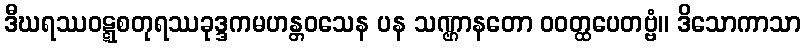
ဒီဃရဿဝဋ္ဋစတုရဿခုဒ္ဒကမဟန္တဝသေန ပန သဏ္ဌာနတော ဝဝတ္ထပေတဗ္ဗံ။ ဒိသောကာသာ